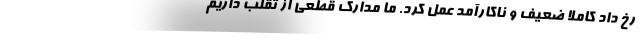
رخ داد کاملا ضعیف و ناکارآمد عمل کرد. ما مدارک قطعی از تقلب داریم